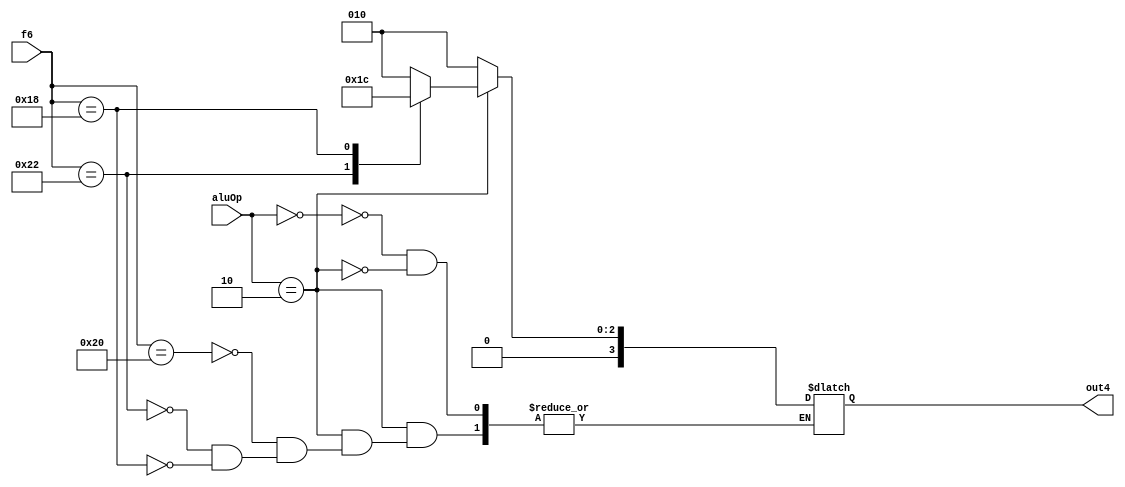
module aluControlUnit(aluOp, f6, out4);
    input [1:0] aluOp;
    input [5:0] f6;
    output reg [3:0] out4;
    always @ (*)
        begin
            case(aluOp)
                2'b00 : out4=4'b0010;
                2'b10 : case(f6)
                            6'b100000 : out4 = 4'b0010;
                            6'b100010 : out4 = 4'b0011;
                            6'b011000 : out4 = 4'b0100;
                        endcase
            endcase
        end
endmodule